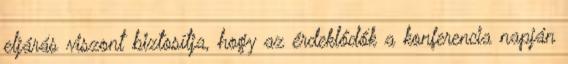
eljárás viszont biztosítja, hogy az érdeklődők a konferencia napján